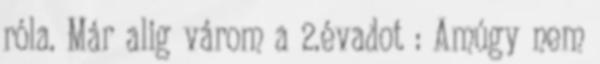
róla. Már alig várom a 2.évadot : Amúgy nem